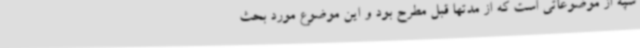
سپه از موضوعاتی است که از مدتها قبل مطرح بود و این موضوع مورد بحث